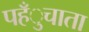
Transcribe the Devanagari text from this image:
पहँुचाता